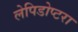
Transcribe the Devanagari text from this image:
लेपिडोप्टरा